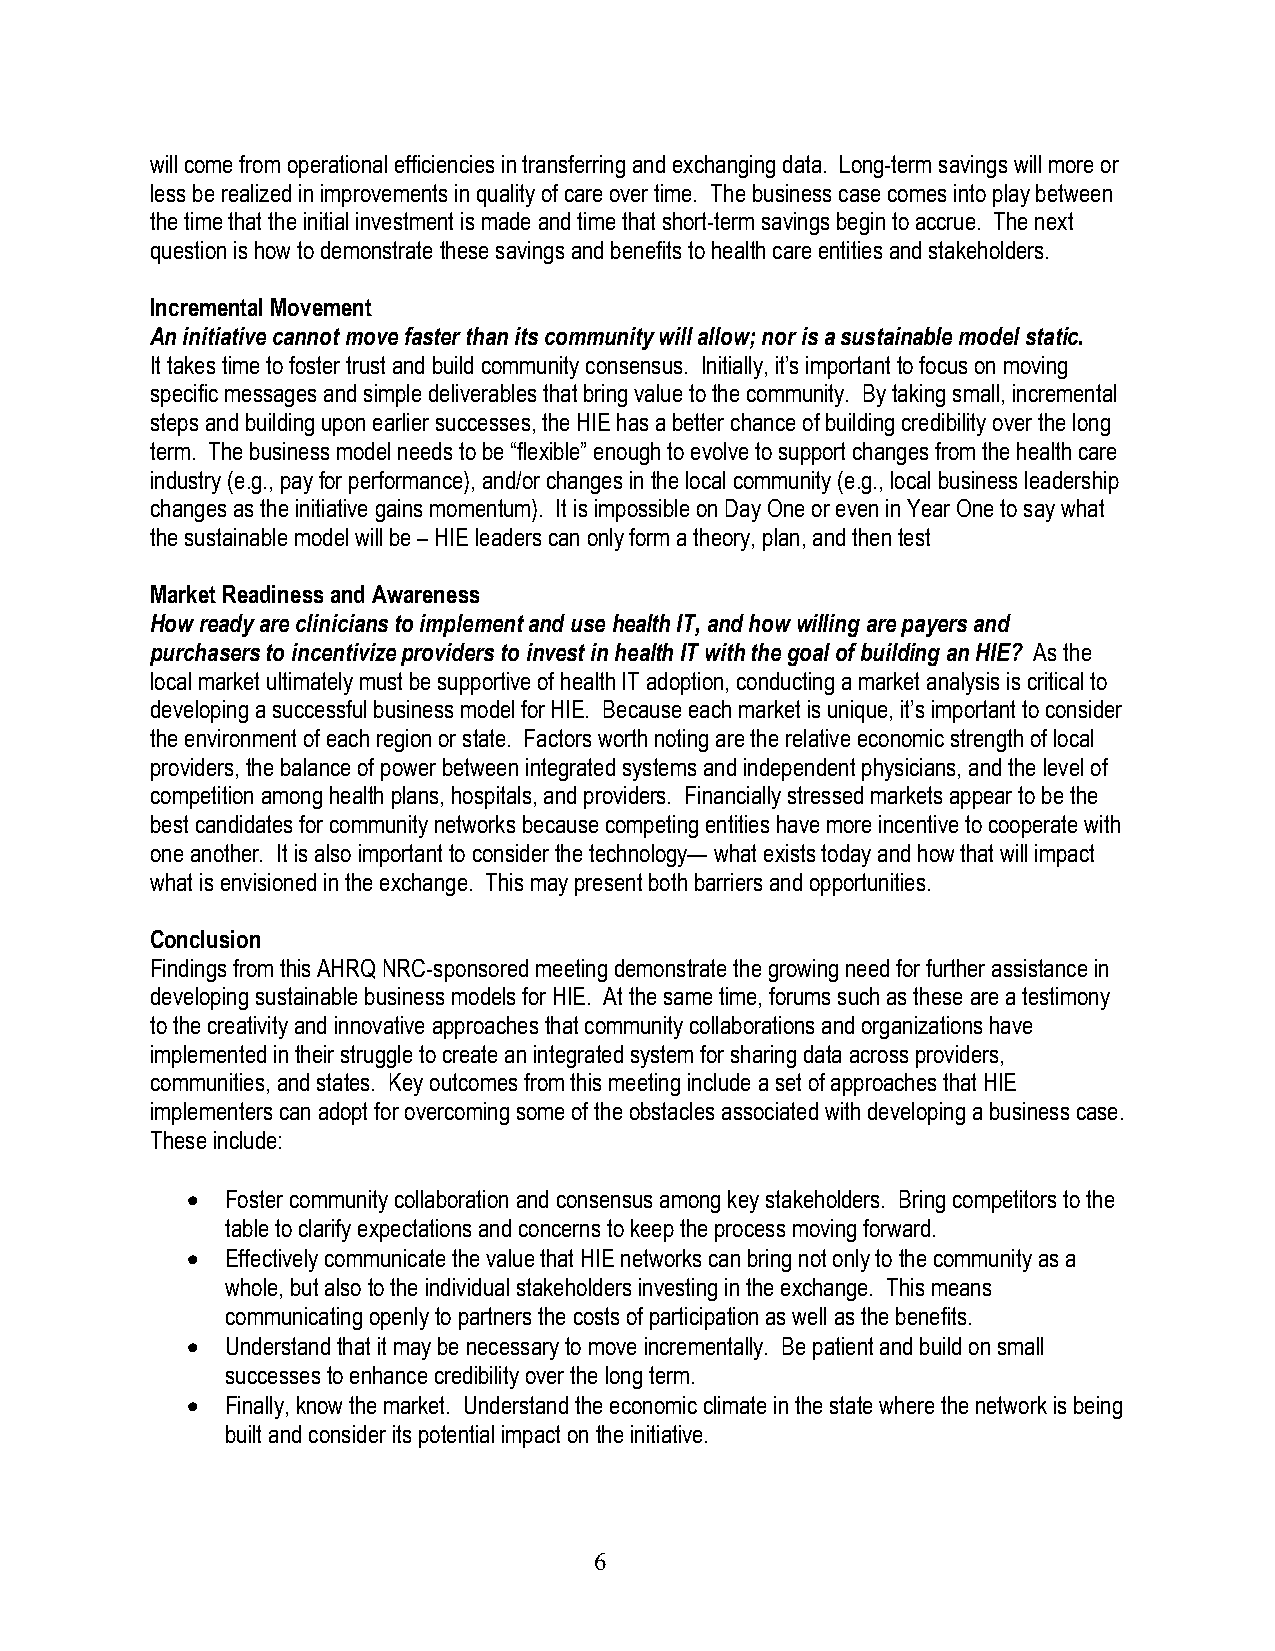
will come from operational efficiencies in transferring and exchanging data. Long-term savings will more or
 less be realized in improvements in quality of care over time. The business case comes into play between
 the time that the initial investment is made and time that short-term savings begin to accrue. The next
 question is how to demonstrate these savings and benefits to health care entities and stakeholders.
 Incremental Movement
 An initiative cannot move faster than its community will allow; nor is a sustainable model static.
 It takes time to foster trust and build community consensus. Initially, it’s important to focus on moving
 specific messages and simple deliverables that bring value to the community. By taking small, incremental
 steps and building upon earlier successes, the HIE has a better chance of building credibility over the long
 term. The business model needs to be “flexible” enough to evolve to support changes from the health care
 industry (e.g., pay for performance), and/or changes in the local community (e.g., local business leadership
 changes as the initiative gains momentum). It is impossible on Day One or even in Year One to say what
 the sustainable model will be – HIE leaders can only form a theory, plan, and then test
 Market Readiness and Awareness
 How ready are clinicians to implement and use health IT, and how willing are payers and
 purchasers to incentivize providers to invest in health IT with the goal of building an HIE? As the
 local market ultimately must be supportive of health IT adoption, conducting a market analysis is critical to
 developing a successful business model for HIE. Because each market is unique, it’s important to consider
 the environment of each region or state. Factors worth noting are the relative economic strength of local
 providers, the balance of power between integrated systems and independent physicians, and the level of
 competition among health plans, hospitals, and providers. Financially stressed markets appear to be the
 best candidates for community networks because competing entities have more incentive to cooperate with
 one another. It is also important to consider the technology— what exists today and how that will impact
 what is envisioned in the exchange. This may present both barriers and opportunities.
 Conclusion
 Findings from this AHRQ NRC-sponsored meeting demonstrate the growing need for further assistance in
 developing sustainable business models for HIE. At the same time, forums such as these are a testimony
 to the creativity and innovative approaches that community collaborations and organizations have
 implemented in their struggle to create an integrated system for sharing data across providers,
 communities, and states. Key outcomes from this meeting include a set of approaches that HIE
 implementers can adopt for overcoming some of the obstacles associated with developing a business case.
 These include:
 •  Foster community collaboration and consensus among key stakeholders. Bring competitors to the
 table to clarify expectations and concerns to keep the process moving forward.
 •  Effectively communicate the value that HIE networks can bring not only to the community as a
 whole, but also to the individual stakeholders investing in the exchange. This means
 communicating openly to partners the costs of participation as well as the benefits.
 •  Understand that it may be necessary to move incrementally. Be patient and build on small
 successes to enhance credibility over the long term.
 •  Finally, know the market. Understand the economic climate in the state where the network is being
 built and consider its potential impact on the initiative.
 6